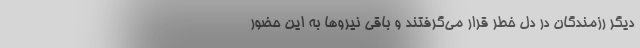
دیگر رزمندگان در دل خطر قرار می‌گرفتند و باقی نیروها به این حضور